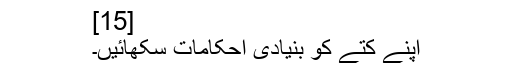
[15]
اپنے کتے کو بنیادی احکامات سکھائیں۔